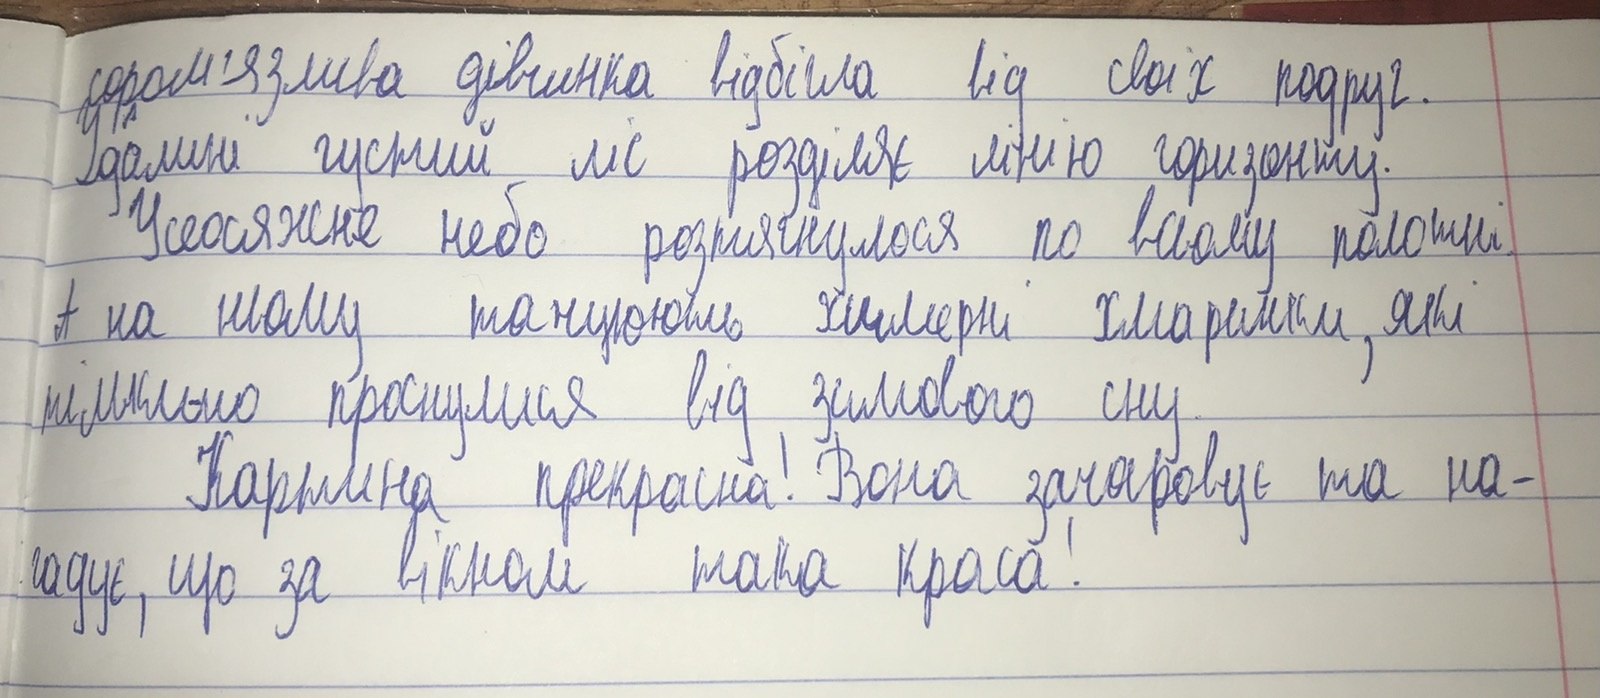
сором'язлива дівчинка відбігла від своїх подруг.
Удалині густий ліс розділяє лінію горизонту.
Усеосяжне небо розтягнулося по всьому полотні
А на ньому танцюють химерні хмаринки, які
тільки-но проснулися від зимового сну.
Картина прекрасна! Вона зачаровує та на-
гадує, що за вікном така краса!